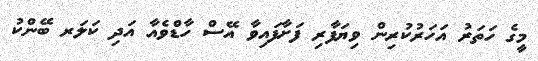
މީގެ ހަތަރު އަހަރުކުރިން ވިޔަފާރި ފަށާފައިވާ އޭސް ހާޑްވެއާ އަދި ކަލަރ ބޭންކު